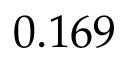
0 . 1 6 9